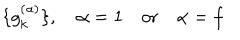
\{ g _ { k } ^ { ( \alpha ) } \} , \quad \alpha = 1 \quad \mathrm { o r } \quad \alpha = f